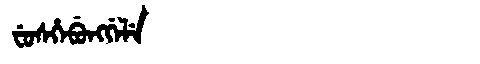
Manchu: ᠸᡠᠰᡥᡝᠪᡠᠩᡤᡝᠯᡝ
Romanization: FUSHEBUNGGELE